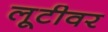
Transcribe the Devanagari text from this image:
लूटीवर